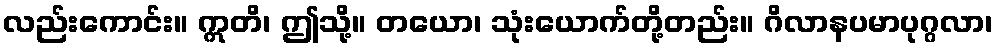
လည်းကောင်း။ ဣတိ၊ ဤသို့။ တယော၊ သုံးယောက်တို့တည်း။ ဂိလာနပမာပုဂ္ဂလာ၊